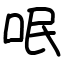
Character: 呡